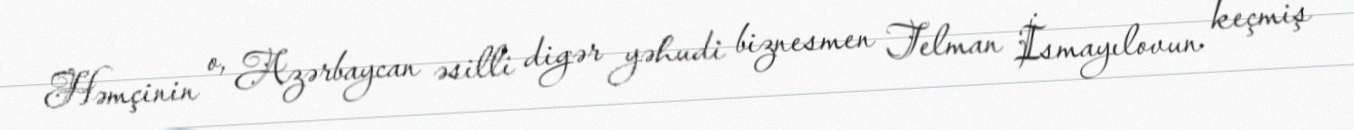
Həmçinin o, Azərbaycan əsilli digər yəhudi biznesmen Telman İsmayılovun keçmiş